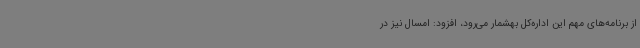
از برنامه‌های مهم این اداره‌کل بهشمار می‌رود، افزود: امسال نیز در